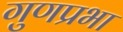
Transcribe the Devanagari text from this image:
गुणप्रभा